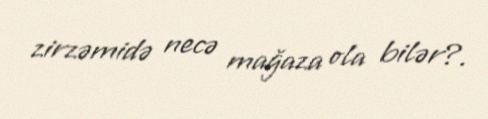
zirzəmidə necə mağaza ola bilər?.